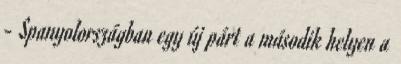
- Spanyolországban egy új párt a második helyen a